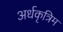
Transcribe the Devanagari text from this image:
अर्धकृत्रिम